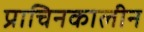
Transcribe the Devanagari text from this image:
प्राचिनकालीन